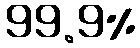
99.9%